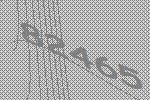
82465